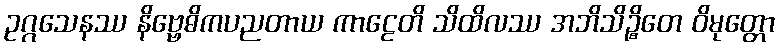
ဥဂ္ဂသေနဿ နိဗ္ဗေဓိကပညတာယ ကာဠေတိ သိထိလဿ အဘိသိဉ္စိတေ ဝိမုတ္တော